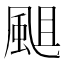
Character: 𩗃